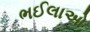
ભઈલાઓ